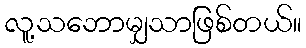
လူ့သဘောမျှသာဖြစ်တယ်။